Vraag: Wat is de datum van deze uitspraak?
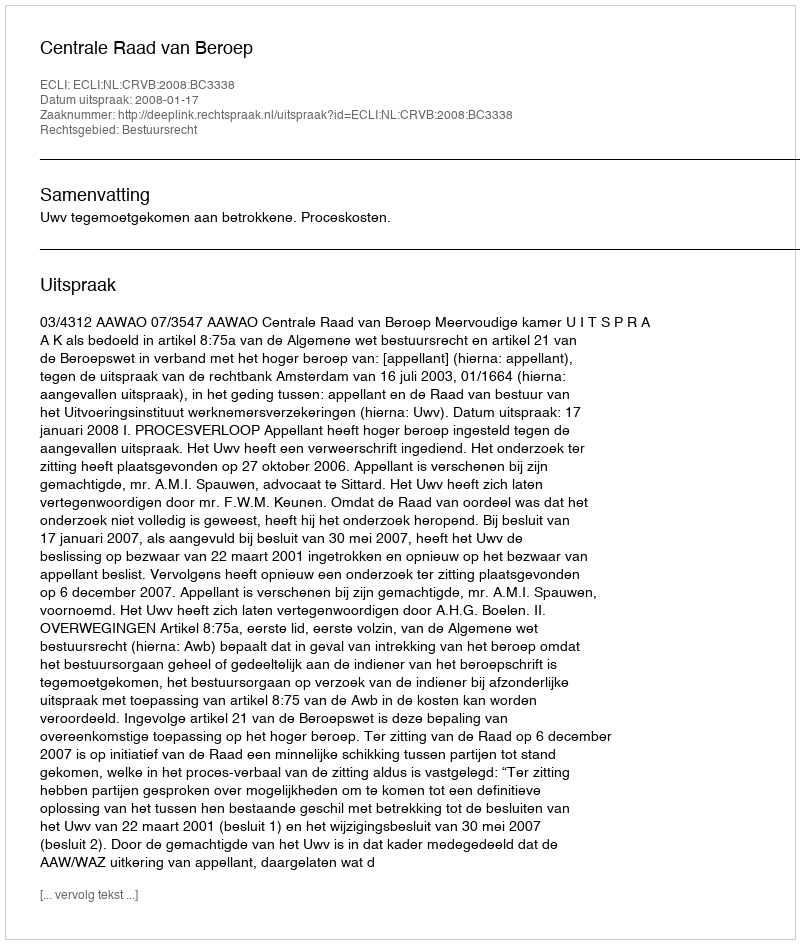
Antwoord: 2008-01-17